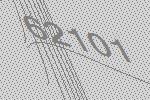
62101